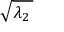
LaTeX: \sqrt { \lambda _ { 2 } \, }